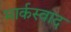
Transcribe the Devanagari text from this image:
मार्कस्वाद